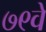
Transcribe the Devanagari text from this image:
७९वे